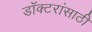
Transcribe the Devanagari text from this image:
डॉक्टरांसाठी